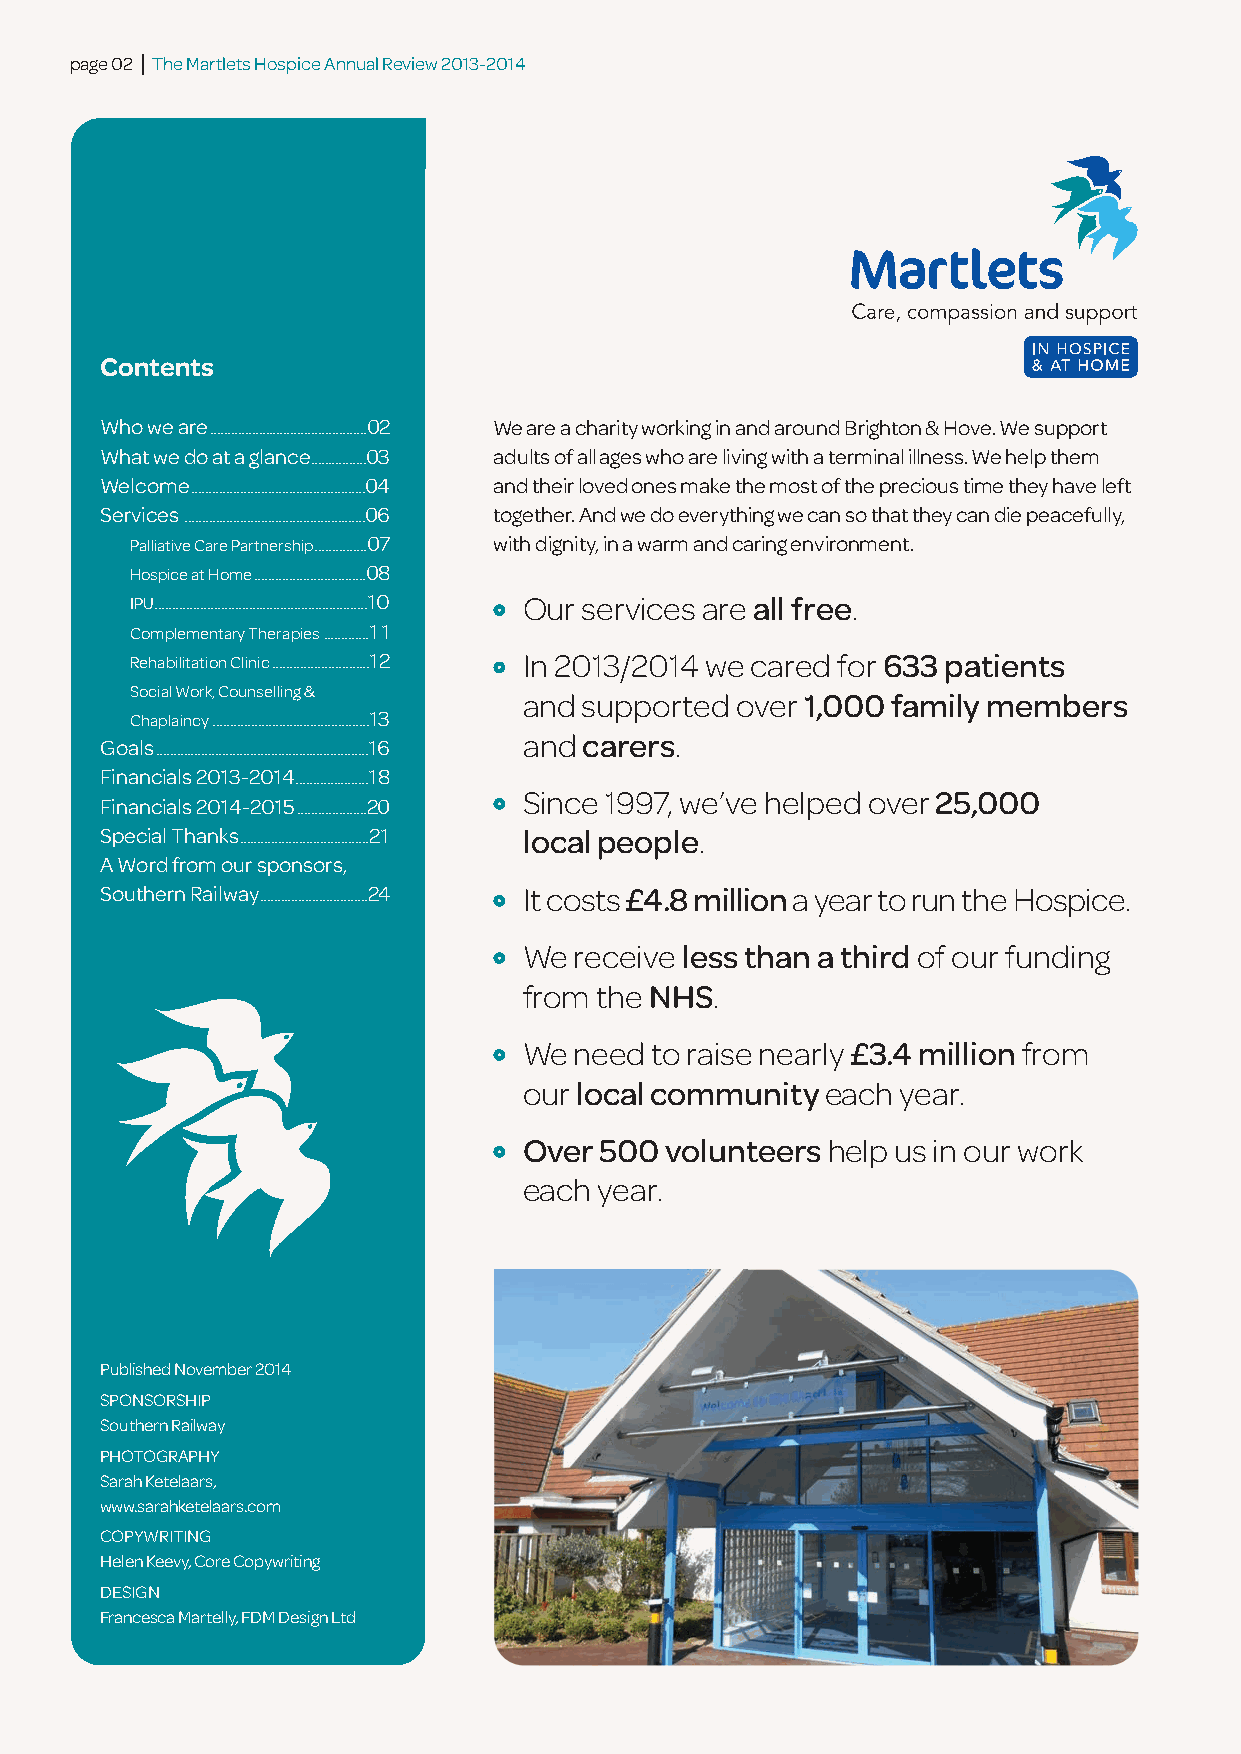
page 02 | The Martlets Hospice Annual Review 2013-2014
 Contents
 Who we are.............................................02 We are a charity working in and around Brighton & Hove. We support
 What we do at a glance................03 adults of all ages who are living with a terminal illness. We help them
 Welcome..................................................04 and their loved ones make the most of the precious time they have left
 Services ....................................................06 together. And we do everything we can so that they can die peacefully,
 Palliative Care Partnership...............07 with dignity, in a warm and caring environment.
 Hospice at Home................................08
 IPU.............................................................10 Our services are all free.
 Complementary Therapies.............11
 Rehabilitation Clinic............................12 In 2013/2014 we cared for 633 patients
 Social Work, Counselling &
 and supported over 1,000 family members
 Chaplaincy.............................................13
 and carers.
 Goals.............................................................16
 Financials 2013-2014.....................18
 Since 1997, we’ve helped over 25,000
 Financials 2014-2015....................20
 Special Thanks.....................................21. localpeople.
 A Word from our sponsors,
 Southern Railway...............................24 It costs £4.8 milliona year to run the Hospice.
 We receive less than a thirdof our funding
 from the NHS.
 We need to raise nearly £3.4 millionfrom
 our local communityeach  year.
 Over 500 volunteershelp us in our work
 each year.
 Published November 2014
 SPONSORSHIP
 Southern Railway
 PHOTOGRAPHY
 Sarah Ketelaars,
 www.sarahketelaars.com
 COPYWRITING
 Helen Keevy, Core Copywriting
 DESIGN
 Francesca Martelly, FDM Design Ltd